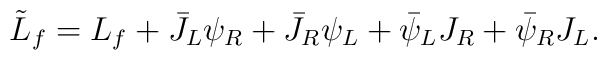
\tilde L_f= L_f +\bar J_L\psi_R+\bar J_R\psi_L+\bar\psi_L J_R+\bar\psi_R J_L.